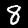
Label: 8